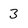
Character: 3